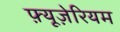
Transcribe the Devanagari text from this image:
फ़्यूज़ेरियम